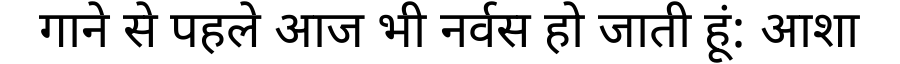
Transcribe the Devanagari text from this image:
गाने से पहले आज भी नर्वस हो जाती हूं: आशा